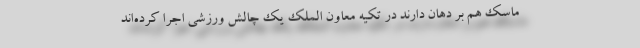
ماسک هم بر دهان دارند در تکیه‌ معاون الملک یک چالش ورزشی اجرا کرده‌اند